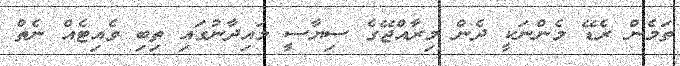
ތަމެން ރެޑޭ މެންނަކީ ދެން މިރާއްޖޭގެ ސިޔާސީ މައިދާނުގައި ތިބި ވެއިޓެއް ނެތް